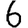
Digit: 6